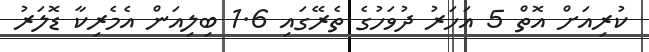
ކުރިއަށް އޮތް 5 އަހަރު ދުވަހުގެ ތެރޭގައި 1.6 ބިލިއަން އެމެރިކާ ޑޮލަރު